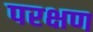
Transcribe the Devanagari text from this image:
परक्षण